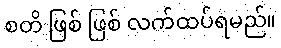
စတိ ဖြစ် ဖြစ် လက်ထပ်ရမည်။